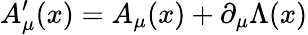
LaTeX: A_{\mu}^{\prime}(x)=A_{\mu}(x)+\partial_{\mu}\Lambda(x)